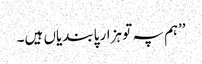
’’ہم پہ تو ہزار پابندیاں ہیں۔